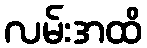
လမ်းအထိ